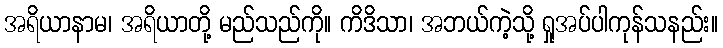
အရိယာနာမ၊ အရိယာတို့ မည်သည်ကို။ ကိဒိသာ၊ အဘယ်ကဲ့သို့ ရှုအပ်ပါကုန်သနည်း။